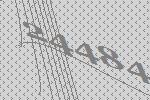
24484